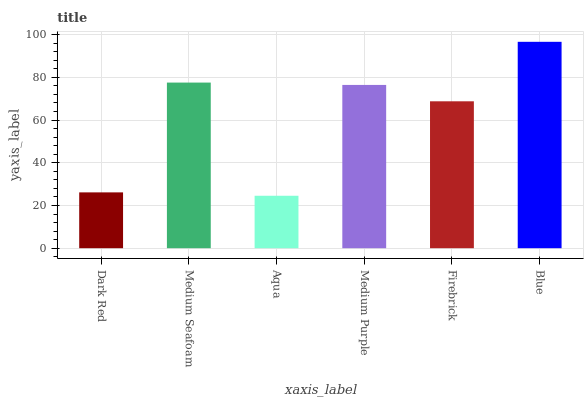
| xaxis_label | bars |
 | --- | --- |
 | Dark Red | 26.1 |
 | Medium Seafoam | 77.5 |
 | Aqua | 24.6 |
 | Medium Purple | 76.4 |
 | Firebrick | 68.8 |
 | Blue | 96.6 |